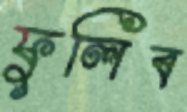
ফুলিব